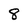
Character: 8